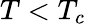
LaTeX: T<T_{c}